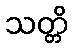
သတ္တိ